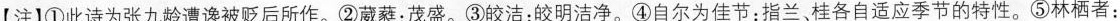
【注】①此诗为张九龄遭谗被贬后所作。②葳蕤：茂盛。③皎洁：皎明洁净。④自尔为佳节：指兰、桂各自适应季节的特性。⑤林栖者：